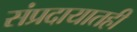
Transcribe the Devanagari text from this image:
संप्रदायातही